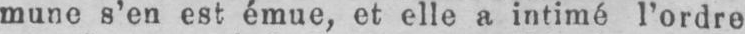
mune s’en est émue, et elle a intimé l’ordre